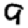
Digit: 9